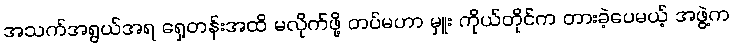
အသက်အရွယ်အရ ရှေ့တန်းအထိ မလိုက်ဖို့ တပ်မဟာ မှူး ကိုယ်တိုင်က တားခဲ့ပေမယ့် အဖွဲ့က